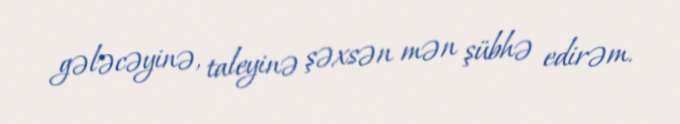
gələcəyinə, taleyinə şəxsən mən şübhə edirəm.